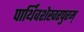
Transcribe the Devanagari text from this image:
पार्थिवशेखरपुरम्